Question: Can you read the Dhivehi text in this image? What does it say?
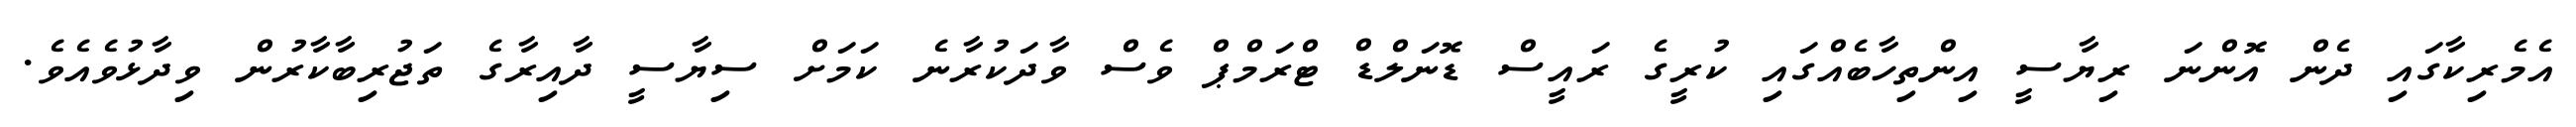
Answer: އެމެރިކާގައި ދެން އޮންނަ ރިޔާސީ އިންތިހާބެއްގައި ކުރީގެ ރައީސް ޑޮނަލްޑް ޓްރަމްޕް ވެސް ވާދަކުރާނެ ކަމަށް ސިޔާސީ ދާއިރާގެ ތަޖުރިބާކާރުން ވިދާޅުވެއެވެ.